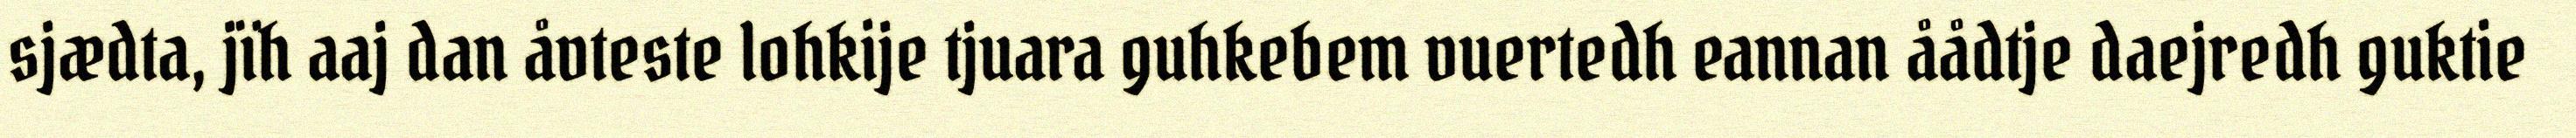
sjædta, jïh aaj dan åvteste lohkije tjuara guhkebem vuertedh eannan åådtje daejredh guktie